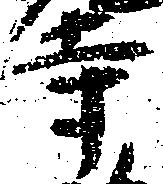
寺